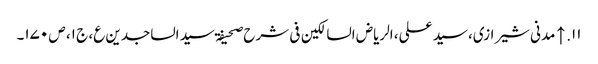
۱۱. ↑ مدنی شیرازی، سید علی، الریاض السالکین فی شرح صحیفۃ سید الساجدین ع، ج ۱، ص ۱۷۰۔